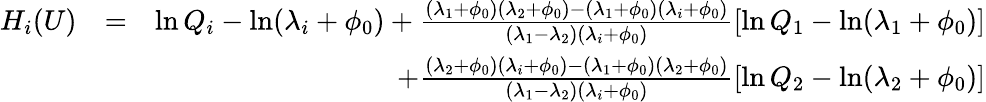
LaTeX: \begin{array}{rlr}{H_{i}(U)}&{=}&{\ln Q_{i}-\ln(\lambda_{i}+\phi_{0})+\frac{(\lambda_{1}+\phi_{0})(\lambda_{2}+\phi_{0})-(\lambda_{1}+\phi_{0})(\lambda_{i}+\phi_{0})}{(\lambda_{1}-\lambda_{2})(\lambda_{i}+\phi_{0})}[\ln Q_{1}-\ln(\lambda_{1}+\phi_{0})]}\\ &{}&{\; \; \; \; \; \; \; \; \; +\frac{(\lambda_{2}+\phi_{0})(\lambda_{i}+\phi_{0})-(\lambda_{1}+\phi_{0})(\lambda_{2}+\phi_{0})}{(\lambda_{1}-\lambda_{2})(\lambda_{i}+\phi_{0})}[\ln Q_{2}-\ln(\lambda_{2}+\phi_{0})]}\end{array}